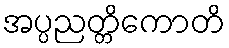
အပ္ပညတ္တိကောတိ